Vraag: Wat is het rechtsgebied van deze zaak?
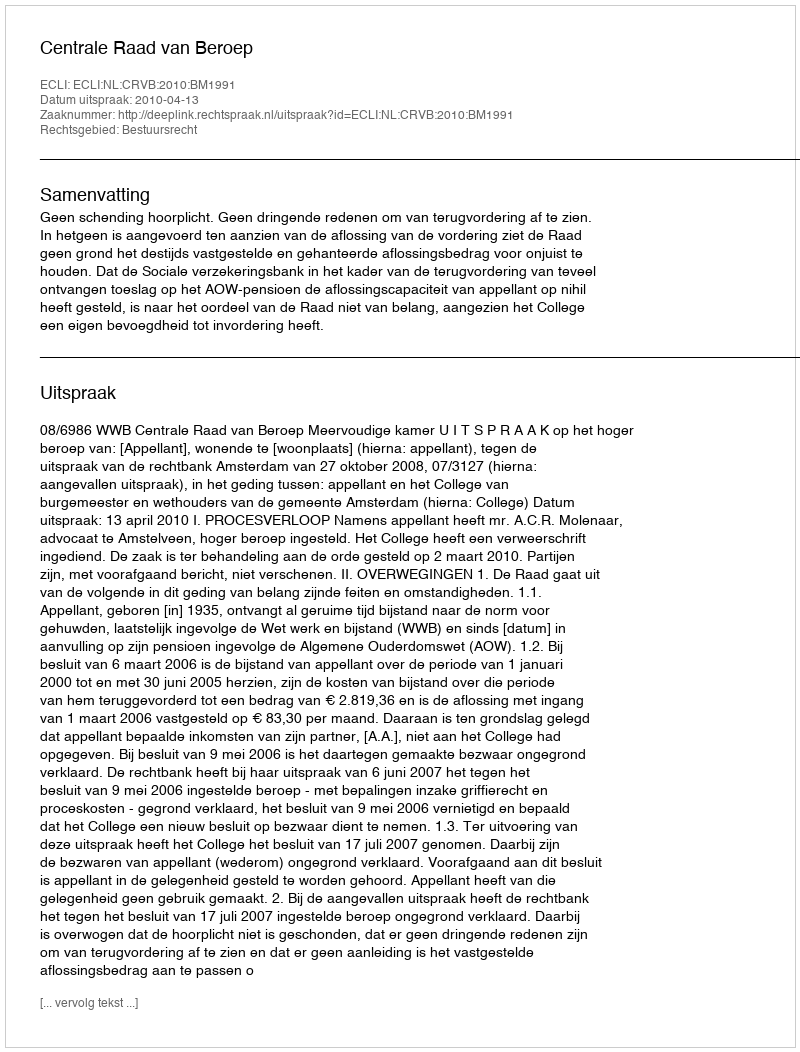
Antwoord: Bestuursrecht